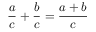
{ \frac { a } { c } } + { \frac { b } { c } } = { \frac { a + b } { c } }